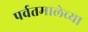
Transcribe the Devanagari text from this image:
पर्वतमालेच्या